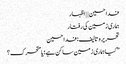
فدا حسین | | اظہار
ہماری زمین کی رفتار
تحریر و تالیف: فدا حسین
”کیا ہماری زمین ساکن ہے؛ یا متحرک؟